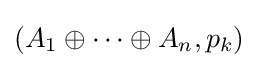
{\textstyle \left(A_{1}\oplus \dots \oplus A_{n},p_{k}\right)}